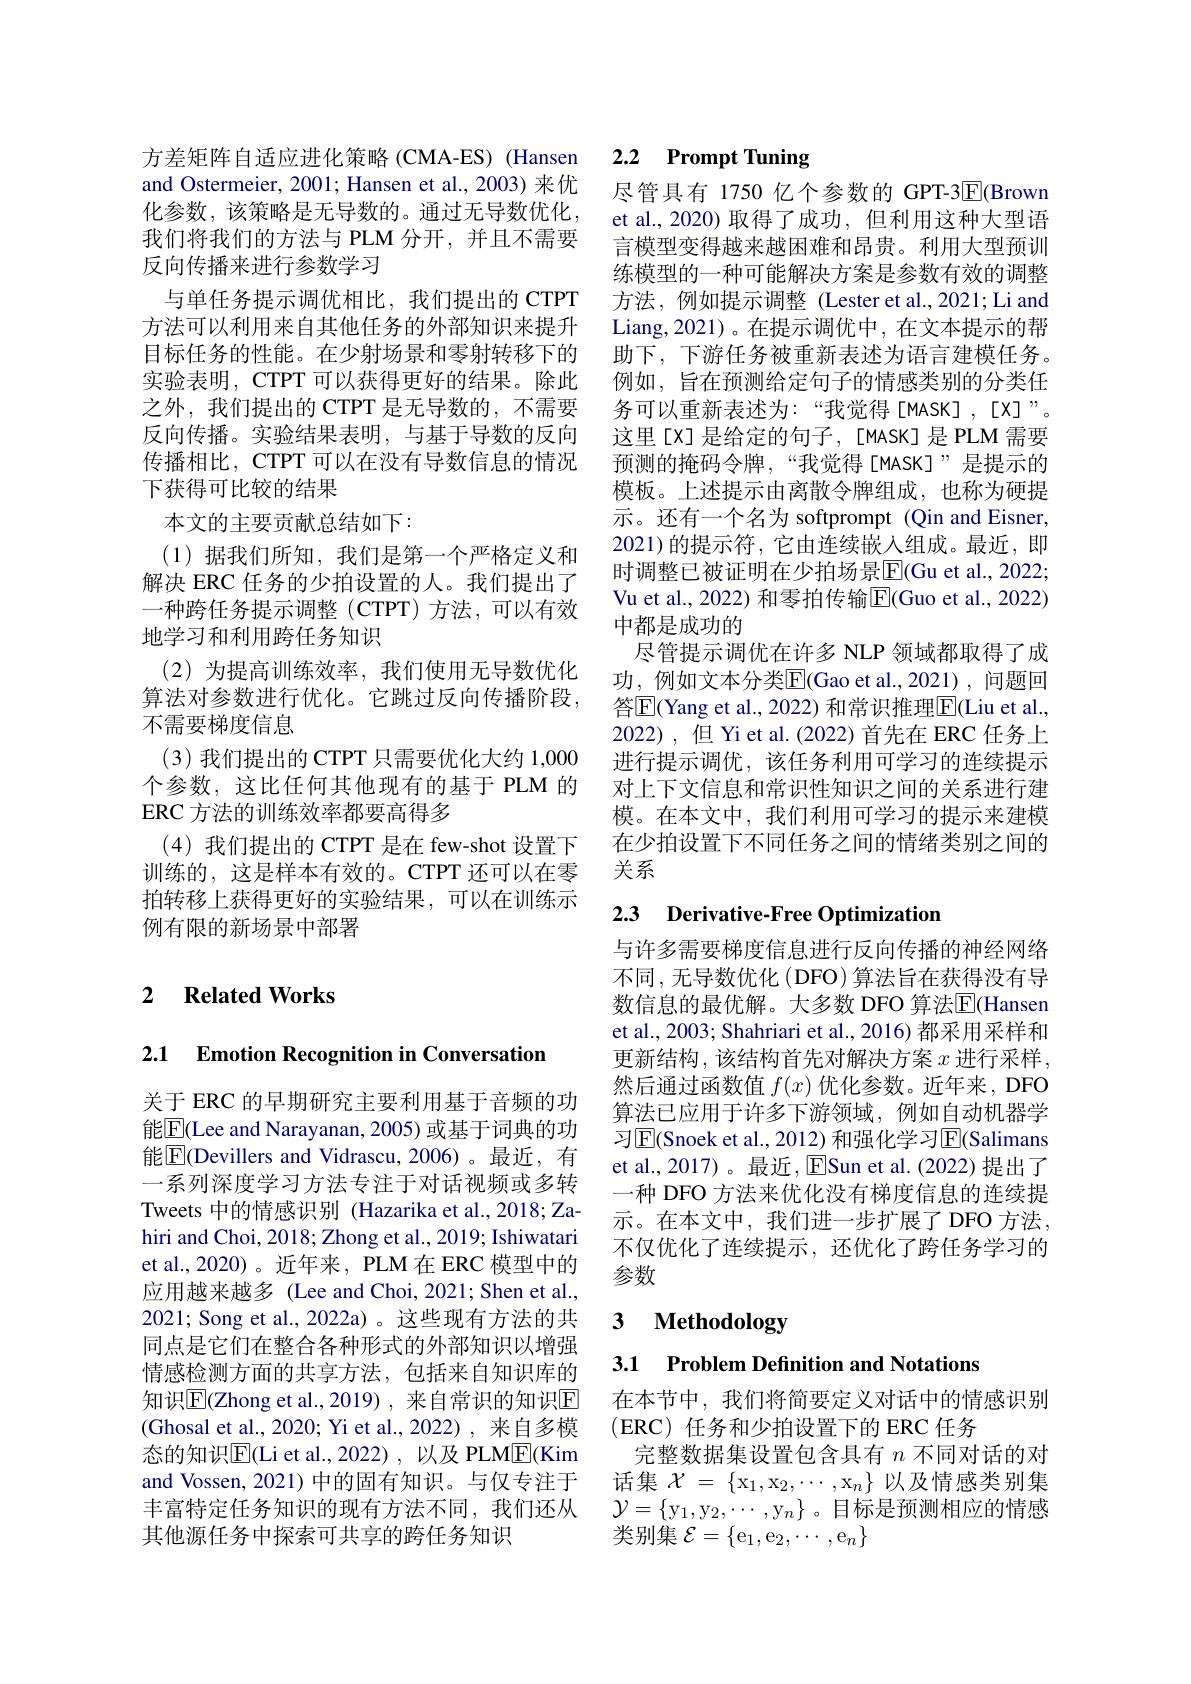
方差矩阵自适应进化策略(CMA-ES) (Hansen and Ostermeier, 2001; Hansen et al., 2003)来优化参数，该策略是无导数的。通过无导数优化， 我们将我们的方法与 PLM 分开，并且不需要反向传播来进行参数学习
与单任务提示调优相比，我们提出的 CTPT 方法可以利用来自其他任务的外部知识来提升目标任务的性能。在少射场景和零射转移下的实验表明，CTPT 可以获得更好的结果。除此之外，我们提出的 CTPT 是无导数的，不需要反向传播。实验结果表明，与基于导数的反向传播相比，CTPT 可以在没有导数信息的情况下获得可比较的结果
本文的主要贡献总结如下：
(1)据我们所知，我们是第一个严格定义和解决 ERC 任务的少拍设置的人。我们提出了一种跨任务提示调整(CTPT)方法，可以有效地学习和利用跨任务知识
(2)为提高训练效率，我们使用无导数优化算法对参数进行优化。它跳过反向传播阶段， 不需要梯度信息
(3)我们提出的 CTPT 只需要优化大约 1,000个参数，这比任何其他现有的基于 PLM 的ERC 方法的训练效率都要高得多
(4) 我们提出的 CTPT 是在 few-shot 设置下训练的，这是样本有效的。CTPT 还可以在零拍转移上获得更好的实验结果，可以在训练示例有限的新场景中部署

### 2 $\textbf{Related Works}$

2.1 Emotion Recognition in Conversation

关于 ERC 的早期研究主要利用基于音频的功能$\boxed{\mathrm{E}}($Lee and Narayanan, 2005) 或基于词典的功能$\boxed{\mathrm{E}}$(Devillers and Vidrascu,2006)。最近，有一系列深度学习方法专注于对话视频或多转Tweets 中的情感识别 (Hazarika et al., 2018; Zahiri and Choi, 2018; Zhong et al., 2019; Ishiwatari et al.,2020)。近年来，PLM 在 ERC 模型中的应用越来越多 (Lee and Choi, 2021; Shen et al., 2021; Song et al., 2022a) 。这些现有方法的共同点是它们在整合各种形式的外部知识以增强情感检测方面的共享方法，包括来自知识库的知识$\overline{\mathrm{E}}($Zhong et al.,2019),来自常识的知识$\overline{\mathrm{E}}$ (Ghosal et al., 2020; Yi et al., 2022), 来自多模态的知识$\overline{\mathrm{E}}($Li et al.,2022),以及 PLM$\underline{\mathrm{E}}($Kim and Vossen, 2021) 中的固有知识。与仅专注于丰富特定任务知识的现有方法不同，我们还从其他源任务中探索可共享的跨任务知识

### 2.2 $\textbf{Prompt Tuning}$

尽管具有 1750 亿个参数的 GPT-3$\boxed{\mathrm{E}}($Brown et al., 2020) 取得了成功，但利用这种大型语言模型变得越来越困难和昂贵。利用大型预训练模型的一种可能解决方案是参数有效的调整方法，例如提示调整(Lester et al.,2021;Li and Liang,2021)。在提示调优中，在文本提示的帮助下，下游任务被重新表述为语言建模任务。例如，旨在预测给定句子的情感类别的分类任务可以重新表述为：“我觉得[MASK],[X]”。这里[X]是给定的句子，[MASK]是 PLM 需要预测的掩码令牌，“我觉得[MASK]”是提示的模板。上述提示由离散令牌组成，也称为硬提示。还有一个名为 softprompt (Qin and Eisner, 2021)的提示符，它由连续嵌入组成。最近，即时调整已被证明在少拍场景$\overline{\mathrm{E}}($Gu et al., 2022; Vu et al., 2022) 和零拍传输$\overline{\mathrm{E}}($Guo et al., 2022) 中都是成功的
尽管提示调优在许多 NLP 领域都取得了成功，例如文本分类$\overline{\mathrm{E}}($Gao et al.,2021), 问题回答$\overline{\mathrm{E}}$(Yang et al., 2022) 和常识推理$\overline{\mathrm{E}}($Liu et al., 2022),但 Yi et al.(2022) 首先在 ERC 任务上进行提示调优，该任务利用可学习的连续提示对上下文信息和常识性知识之间的关系进行建模。在本文中，我们利用可学习的提示来建模在少拍设置下不同任务之间的情绪类别之间的关系

# 2.3 Derivative-Free Optimization

与许多需要梯度信息进行反向传播的神经网络不同，无导数优化(DFO)算法旨在获得没有导数信息的最优解。大多数 DFO 算法$\overline{\mathrm{E}}($Hansen et al., 2003; Shahriari et al., 2016) 都采用采样和更新结构，该结构首先对解决方案 $x$ 进行采样， 然后通过函数值$f(x)$优化参数。近年来，DFO 算法已应用于许多下游领域，例如自动机器学习$\overline{\mathrm{E}}$(Snoek et al., 2012) 和强化学习$\overline{\mathrm{E}}$(Salimans et al., 2017)。最近，$\operatorname{ESun}$ et al.(2022) 提出了一种 DFO 方法来优化没有梯度信息的连续提示。在本文中，我们进一步扩展了DFO 方法， 不仅优化了连续提示，还优化了跨任务学习的参数

### $\textbf{3}$ $\textbf{Methodologw}$

3.1 Problem Definition and Notations

在本节中，我们将简要定义对话中的情感识别
(ERC)任务和少拍设置下的 ERC 任务
完整数据集设置包含具有$n$不同对话的对话集$\mathcal{X} = \left \{ \mathrm{x_1, x_2, \cdots , x_n}\right \}$以及情感类别集$\mathcal{Y} = \{ y_1$, $y_2$, $\cdots$, $y_n\}$。目标是预测相应的情感类别集$\mathcal{E} = \{ \mathrm{e} _1, \mathrm{e} _2, \cdots , \mathrm{e} _n\}$